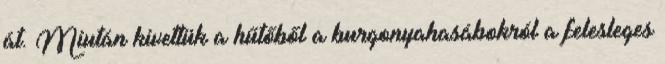
át. Miután kivettük a hűtőből a burgonyahasábokról a felesleges